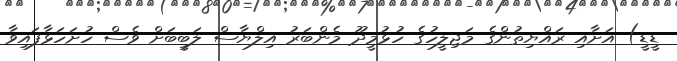
ޑީޑީ) އަށާއި ރައްޔިތުންގެ މަޖިލީހުގެ ހުޅުމީދޫ މެންބަރު އިލްޔާސް ލަބީބަށް ވެސް ހުށަހަޅާފައިވާ